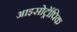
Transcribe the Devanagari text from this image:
आइसोट्रॉपिक